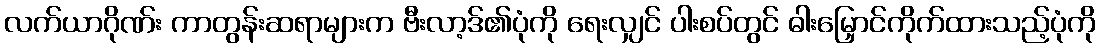
လက်ယာဂိုဏ်း ကာတွန်းဆရာများက ဗီးလာ့ဒ်၏ပုံကို ရေးလျှင် ပါးစပ်တွင် ဓါးမြှောင်ကိုက်ထားသည့်ပုံကို